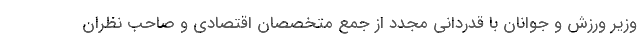
وزیر ورزش و جوانان با قدردانی مجدد از جمع متخصصان اقتصادی و صاحب نظران